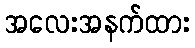
အလေးအနက်ထား